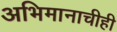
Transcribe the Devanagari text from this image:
अभिमानाचीही